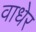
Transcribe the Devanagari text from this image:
वाधेर